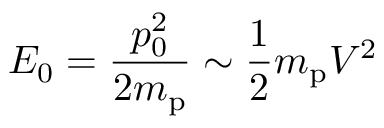
E _ { 0 } = \frac { p _ { 0 } ^ { 2 } } { 2 m _ { \mathrm { p } } } \sim \frac { 1 } { 2 } m _ { \mathrm { p } } V ^ { 2 }